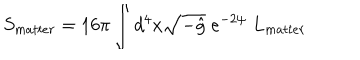
S _ { m a t t e r } = 1 6 \pi \int d ^ { 4 } x \sqrt { - \hat { g } } \; e ^ { - 2 \psi } \; L _ { m a t t e r }